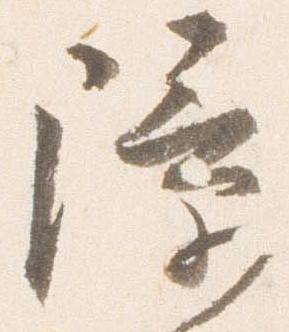
障